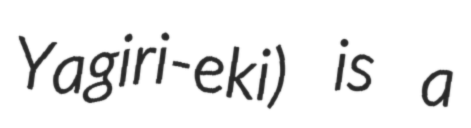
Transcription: Yagiri-eki) is a